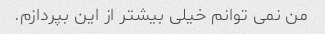
من نمی توانم خیلی بیشتر از این بپردازم.